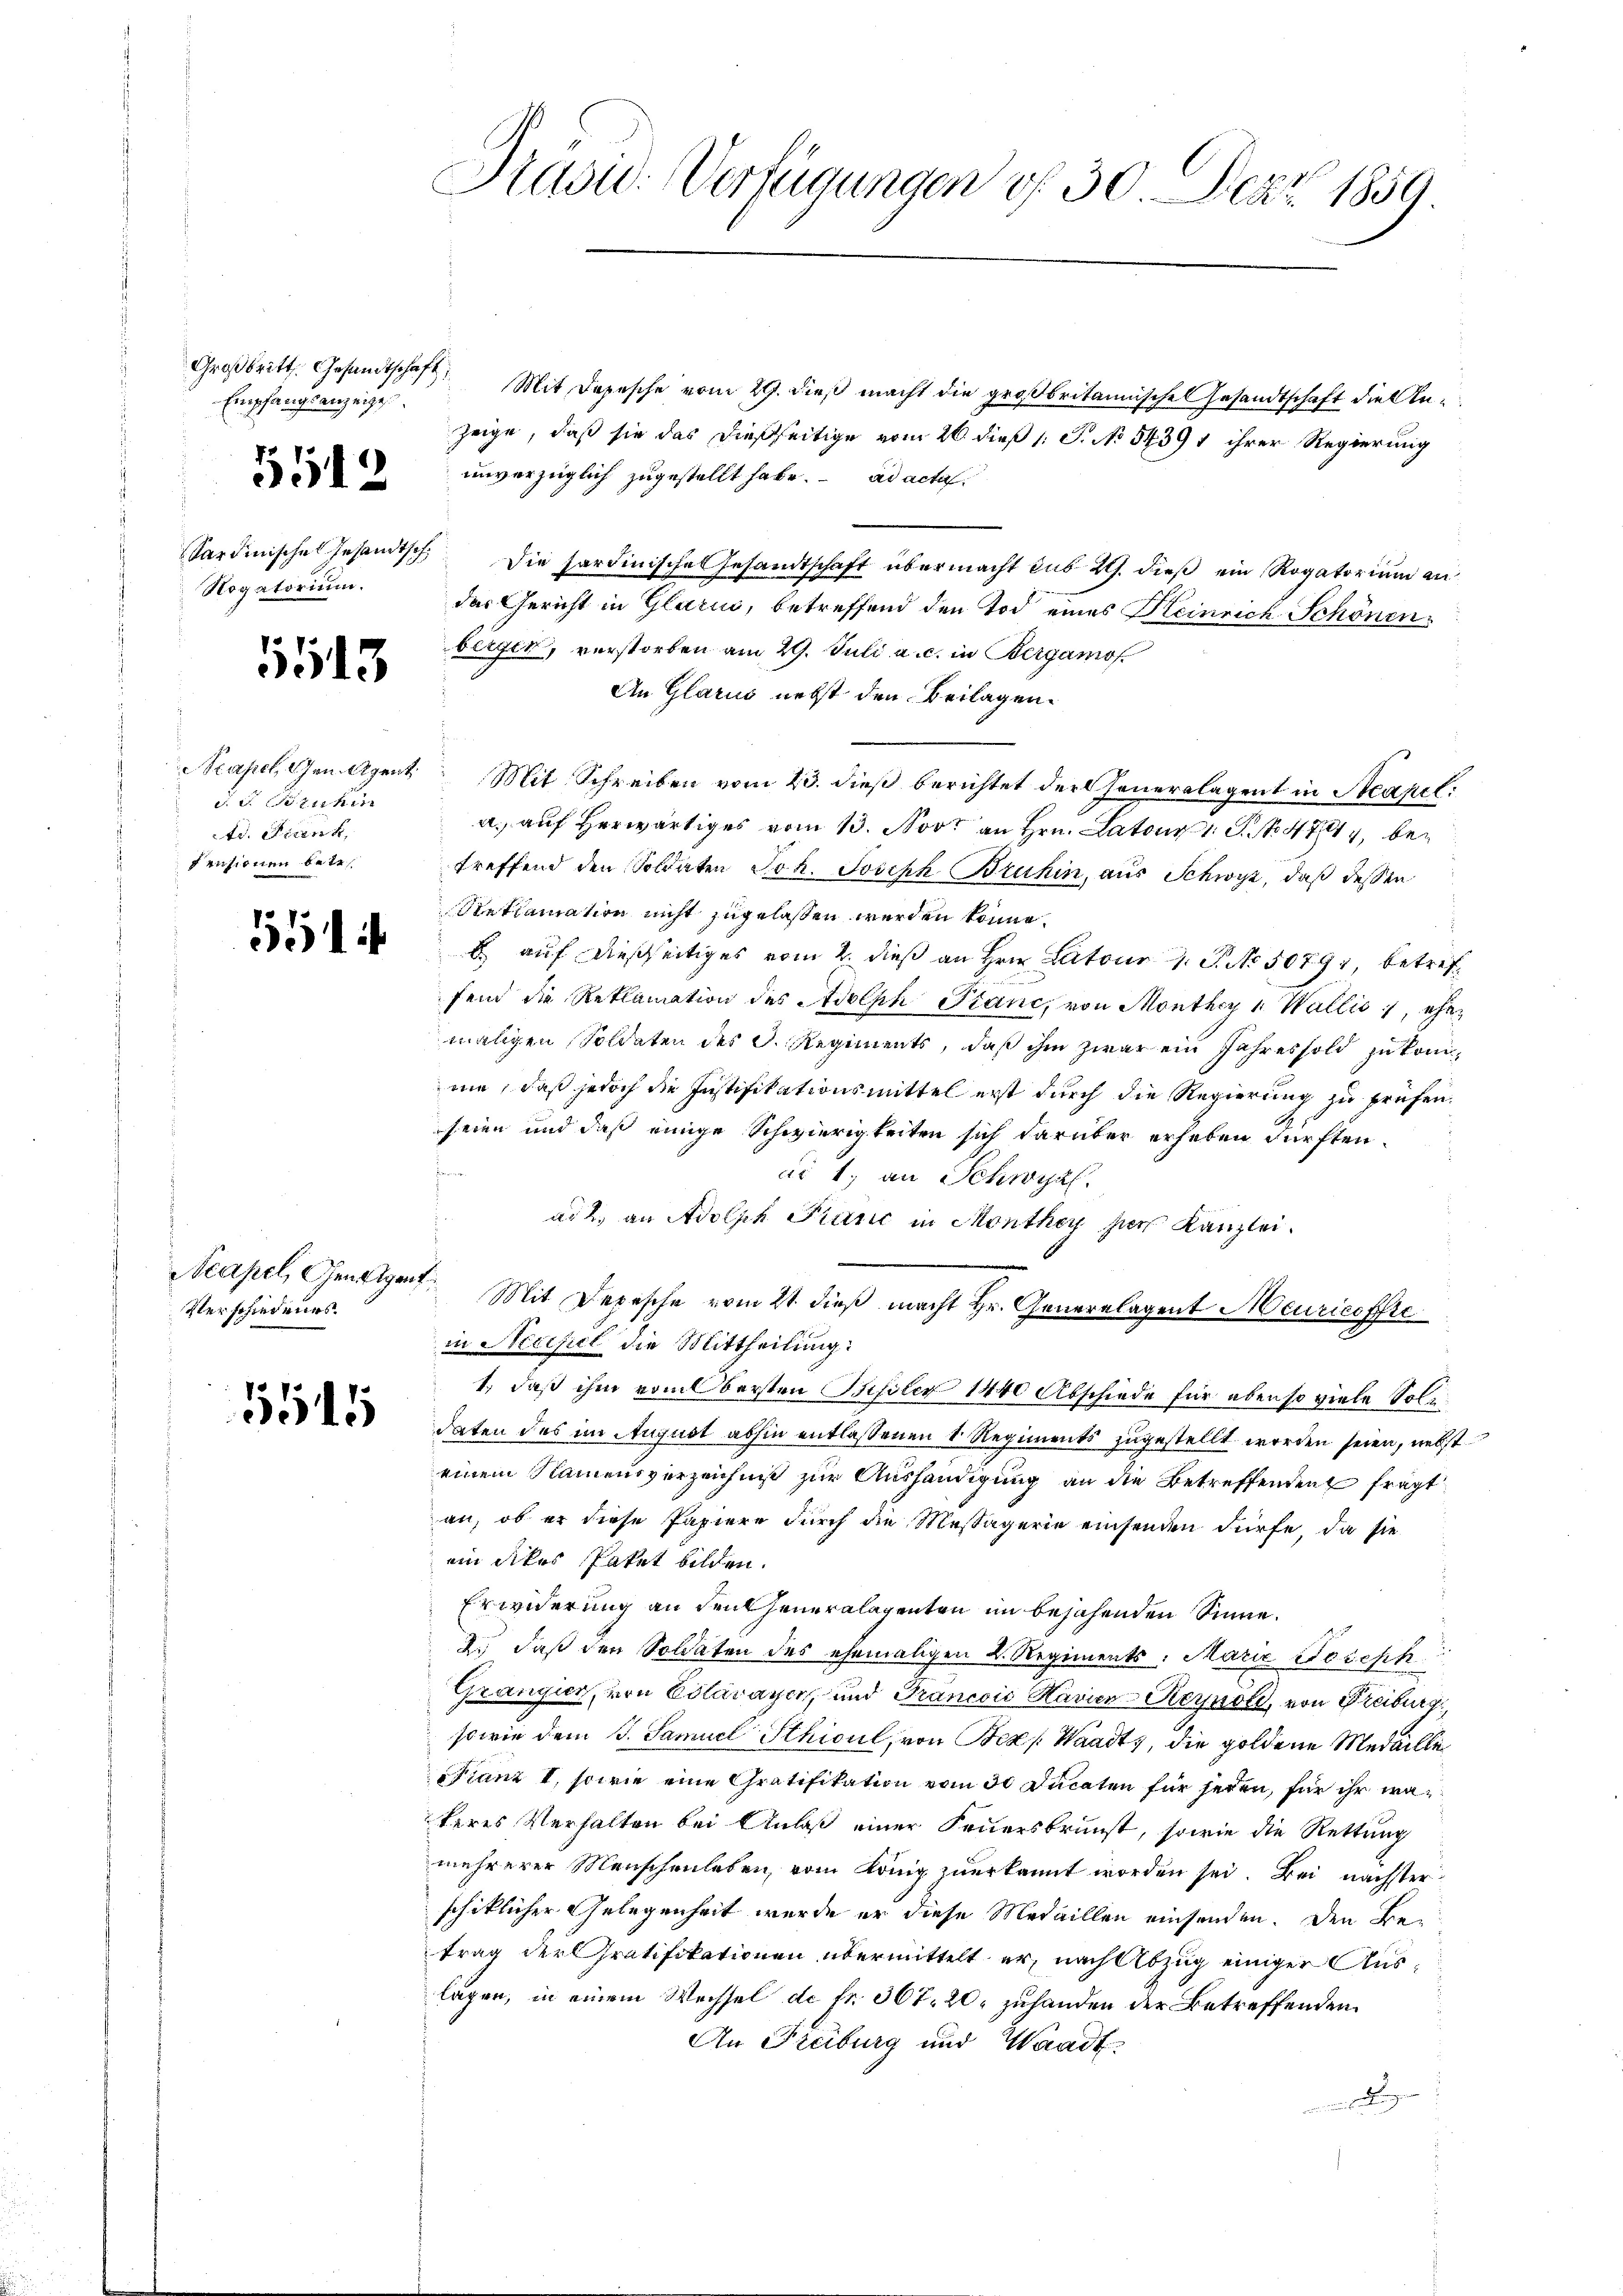
Großbritt. Gesandtschaft,
Empfangsanzeigen.

5512

Rogatorium.

5513

Neapel, Gen. Agent
d. d. Berichin
te. Sienk
fensionen betr.

17.
d.14

Verschiedenes.

5545

Präsid. Verfügungen v. 30. Derz 1859.

Mit Depesche vom 29. dieß macht die großbritannische Gesandtschaft die Anzeige, daß sie das dießseitige vom 26. dieß 1 S. No 54391 ihrer Regierung
unverzüglich zugestellt habe. ad acta
Sardinische Gesandisch die Sardinische Gesandtschaft übermacht sub. 2. dieß ein Rogatorium an
der Gericht in Glarus, betreffend den Tod eines Heinrich Schönenberger, verstorben am 29. Juli a.c. in Bergamof
An Glarus nebst den Beilagen.
.
Mit Schreiben vom 23. dieß berichtet der Generalagent in Neapel:
a) auf herwärtiges vom 13. Novt an Hrn. Latus 1 S. 471, betreffend den Soldaten Joh. Joseph Bruhin, aus Schwyz, daß dessen
Reklamation nicht zugelassen werden könne.
b. auf dießseitiges vom 2. dieß an Hrn. Latour 1. P. No. 5079, betreffend die Reklamation des Adolph Planc, von Monthey & Wallis, ehe
maligen Soldaten des D. Regiments, daß ihm zwar ein Jahres sold zu könmie, daß jedoch die Instifikationsmittel erst durch die Regierung zu prüfen.
seien und daß einige Schwierigkeiten sich darüber erheben dürften.
e
dr 1. an Schwyz.
ad 2. an Adolph Panić in Monthey zur Kanzlei.
Acapel, Geneiget. Mit Depesche vom 21. dieß macht Hr. Generalagent Meuricoffre
in Necchel die Mittheilung:
1, daß ihm vom Bersten Bissler 1440 Abschiede für ebenso viele Solidaten das im August abhin entlassenen 1 Regiments zugestellt worden seien, nebst
einem Namensverzeichniß zur Aushändigung an die Betreffendenz fragt
an, ob er diese Papiere durch die Messägerie einsenden dürfe, da sie
ein dikes Paket bilden.
Erwiderung an Feucheneralagenten im bejahenden Sinne.
2., daß den Soldaten des ehemaligen L. Regiments: Marie Doseph
Grangier, von Estavayer, und Grancois Kavien Keynold, von Freiburg
sowie dem J. Samuel Sthicul, von Bex   Waadt, die goldene Medaille
Franz I, sowie eine Gratifikation vom 30 Ducaten für jeden, für ihr wa
teres Verhalten bei Anlaß einer Feuersbrunst, sowie die Rettung
mehrerer Menschenleben vom König zuerkannt worden sei. Bei nächster
schiklicher Gelegenheit wurde er diese Medaillen einsenden. Den Betrag der Gratifikationen übermittelt er, nach Abzug einiger Auslagen, in einem Wechsel de fr. 367. 20. zuhanden der Betreffenden
An Freiburg und Waadt.
odung